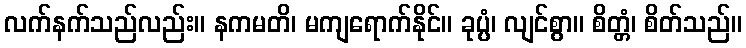
လက်နက်သည်လည်း။ နကမတိ၊ မကျရောက်နိုင်။ ခုပ္ပံ၊ လျင်စွာ။ စိတ္တံ၊ စိတ်သည်။